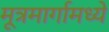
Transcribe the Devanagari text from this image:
मूत्रमार्गामध्ये